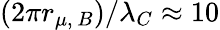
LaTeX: (2\pi r_{\mu,\, B})/\lambda_{C}\approx 10